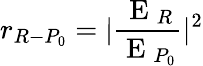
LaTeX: r_{R-P_{0}}=|\frac{\mathrm{~E~}_{R}}{\mathrm{~E~}_{P_{0}}}|^{2}